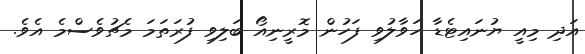
އަދި މިއީ ޔުނައިޓެޑާ ހަވާލުވި ފަހުން މޮރީނިއޯ ބަލިވި ފުރަަތަމަ މެޗުވެސްމެ އެވެ.